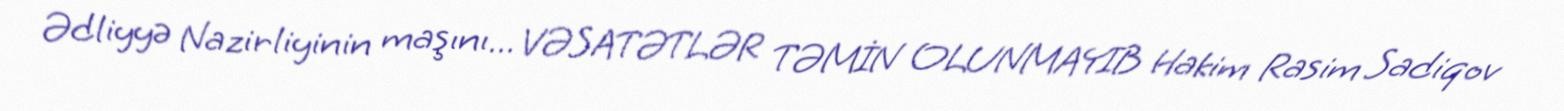
Ədliyyə Nazirliyinin maşını... VƏSATƏTLƏR TƏMİN OLUNMAYIB Hakim Rasim Sadiqov